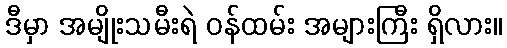
ဒီမှာ အမျိုးသမီးရဲ ဝန်ထမ်း အများကြီး ရှိလား။